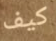
كيف